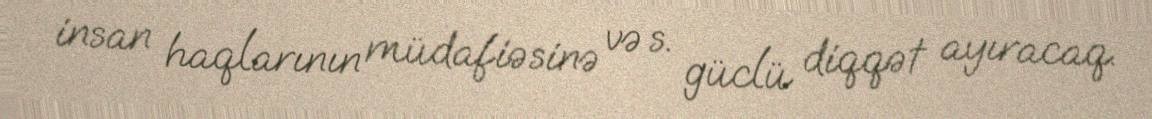
insan haqlarının müdafiəsinə və s. güclü diqqət ayıracaq.